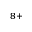
^ { 8 + }